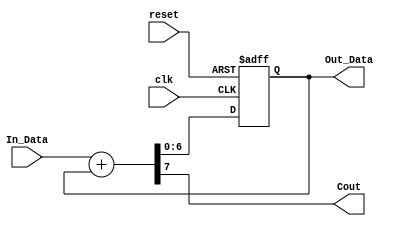
// SPDX-FileCopyrightText: 2023 Mabrains Company
// Licensed under the Apache License, Version 2.0 (the "License");
// you may not use this file except in compliance with the License.
// You may obtain a copy of the License at
//
//      http://www.apache.org/licenses/LICENSE-2.0
//
// Unless required by applicable law or agreed to in writing, software
// distributed under the License is distributed on an "AS IS" BASIS,
// WITHOUT WARRANTIES OR CONDITIONS OF ANY KIND, either express or implied.
// See the License for the specific language governing permissions and
// limitations under the License.
//
// SPDX-License-Identifier: Apache-2.0

// Accumulator used in the Sigma-Delta Modulator
module accum(In_Data, clk, reset, Out_Data, Cout);
	
	input [6:0] In_Data;
	input clk, reset;
	output [6:0] Out_Data;
	output wire Cout;


	wire [6:0] Sum;
	reg [6:0] Temp;

	
	always @(posedge clk or negedge reset)
	begin
		if (!reset) Temp <= 7'b0000000;
		else Temp <= Sum;
	end

	assign {Cout, Sum} = In_Data + Temp;
	assign Out_Data = Temp;
endmodule